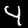
Digit: 4